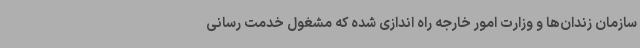
سازمان زندان‌ها و وزارت امور خارجه راه اندازی شده که مشغول خدمت رسانی